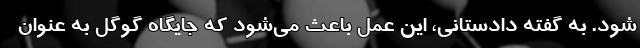
شود. به گفته دادستانی، این عمل باعث می‌شود که جایگاه گوگل به عنوان